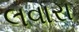
લવારા